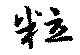
粒